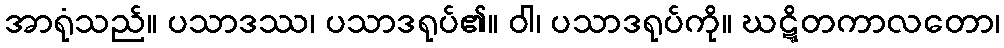
အာရုံသည်။ ပသာဒဿ၊ ပသာဒရုပ်၏။ ဝါ၊ ပသာဒရုပ်ကို။ ဃဋ္ဋိတကာလတော၊